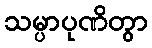
သမ္ပာပုဏိတွာ